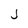
Character: j